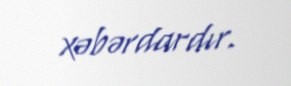
xəbərdardır.